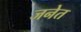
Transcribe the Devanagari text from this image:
जनेत